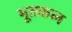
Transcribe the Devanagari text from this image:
भूतकल